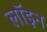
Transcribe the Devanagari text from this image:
लॉइन